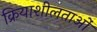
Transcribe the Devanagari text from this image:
क्रियाशीलताओं